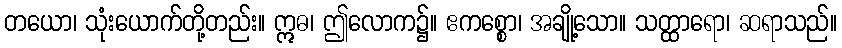
တယော၊ သုံးယောက်တို့တည်း။ ဣဓ၊ ဤလောက၌။ ဧကစ္စော၊ အချို့သော။ သတ္ထာရော၊ ဆရာသည်။